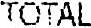
TOTAL